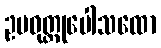
ဥပဝုတ္ထုပေါသထော